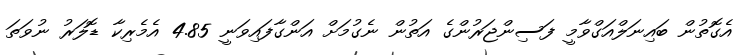
އެގޮތުން ބައިނަލްއަގްވާމީ ފަސިންޖަރުންގެ އަތުން ނެގުމަށް އަންގާފައިވަނީ 4.85 އެމެރިކާ ޑޮލަރު ނުވަތަ